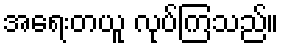
အရေးတယူ လုပ်ကြသည်။